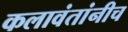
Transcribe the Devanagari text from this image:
कलावंतांनीच